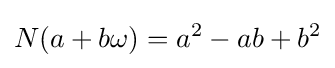
N(a+b\omega )=a^{2}-ab+b^{2}